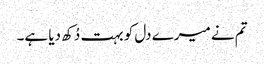
تم نے میرے دل کو بہت دُکھ دیا ہے۔